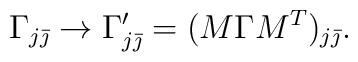
\Gamma_{j\bar{\jmath}}\rightarrow\Gamma^\prime_{j\bar{\jmath}}=(M\Gamma M^T)_{j\bar{\jmath}}.